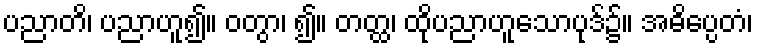
ပညာတိ၊ ပညာဟူ၍။ ဝတွာ၊ ၍။ တတ္ထ၊ ထိုပညာဟူသောပုဒ်၌။ အဓိပ္ပေတံ၊